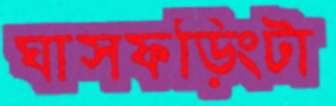
ঘাসফড়িংটা